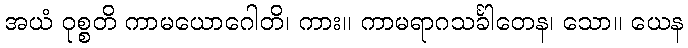
အယံ ဝုစ္စတိ ကာမယောဂေါတိ၊ ကား။ ကာမရာဂသင်္ခါတေန၊ သော။ ယေန